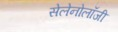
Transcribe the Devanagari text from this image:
सेलेनोलॉजी